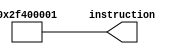
// puts a 1 indicator inside reg $29 (indicates the jump button has just been pressed)

module jump_key_input_instructionbuilder(instruction);

    output [31:0] instruction;

    // opcode = 00101 (addi)
    assign instruction[31:27] = 5'd5;

    // rd = 29
    assign instruction[26:22] = 5'd29;

    // rs = 0
    assign instruction[21:17] = 5'b0;

    // 17 bit immediate = 1
    assign instruction[16:0] = 17'b1;

endmodule